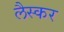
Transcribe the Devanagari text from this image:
लैस्कर